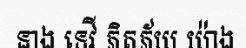
នាង ទេវី ភិតភ័យ យ៉ាង